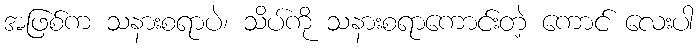
အဖြစ်က သနားစရာပဲ၊ သိပ်ကို သနားစရာကောင်းတဲ့ ကောင် လေးပါ